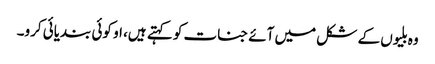
وہ بلیوں کے شکل میں آئے جنات کو کہتے ہیں، او کوئی بندیائی کرو۔